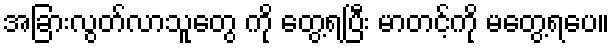
အခြားလွတ်လာသူတွေ ကို တွေ့ရပြီး မာတင့်ကို မတွေ့ရပေ။